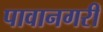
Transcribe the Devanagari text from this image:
पावानगरी